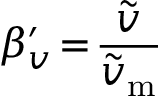
\beta _ { v } ^ { \prime } \! = \! \frac { \widetilde { v } } { \widetilde { v } _ { \mathrm { m } } }